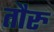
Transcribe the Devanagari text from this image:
तौरु